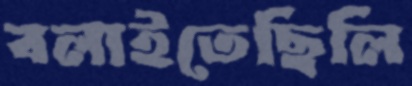
বলাইতেছিলি